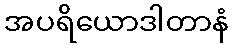
အပရိယောဒါတာနံ